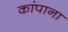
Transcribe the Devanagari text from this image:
कांपाना